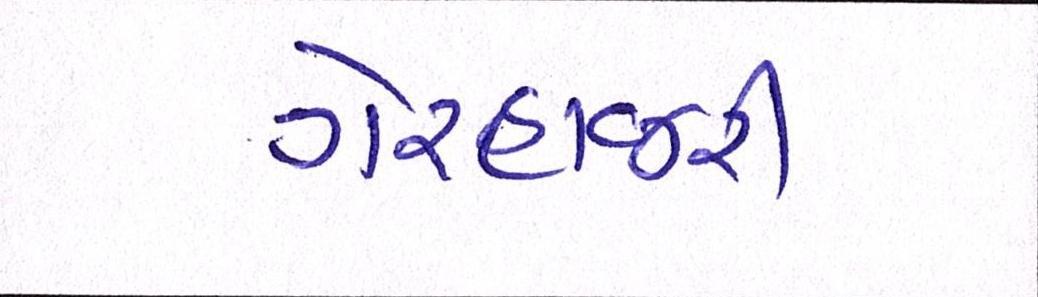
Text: ગેરહાજરી